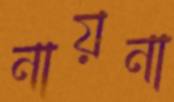
নায়না